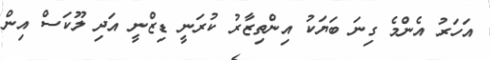
އަހަރު އެންމެ ގިނަ ބަޔަކު އިންތިޒާރު ކުރަނީ ޑިޒްނީ އަދި ލޫކަސް އިން